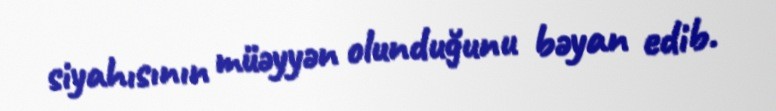
siyahısının müəyyən olunduğunu bəyan edib.